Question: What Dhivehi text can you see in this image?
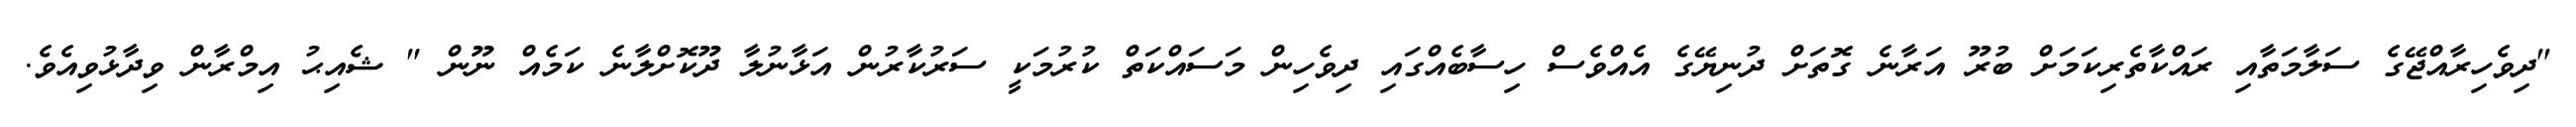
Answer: "ދިވެހިރާއްޖޭގެ ސަލާމަތާއި ރައްކާތެރިކަމަށް ބުރޫ އަރާނެ ގޮތަށް ދުނިޔޭގެ އެއްވެސް ހިސާބެއްގައި ދިވެހިން މަސައްކަތް ކުރުމަކީ ސަރުކާރުން އަޅާނުލާ ދޫކޮށްލާނެ ކަމެއް ނޫން " ޝެއިޙު އިމްރާން ވިދާޅުވިއެވެ.